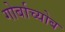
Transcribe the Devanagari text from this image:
गोर्बाच्योब